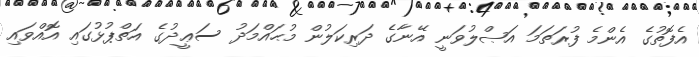
އެފޮތުގެ އެންމެ ފުރަތަމަ އަޞްލުވަނީ އޭނާގެ ދަރިކަލުން މުޙައްމަދު ސަޢީދުގެ އަތްޕުޅުގައި އޮއްވައި